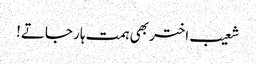
شعیب اختر بھی ہمت ہار جاتے!